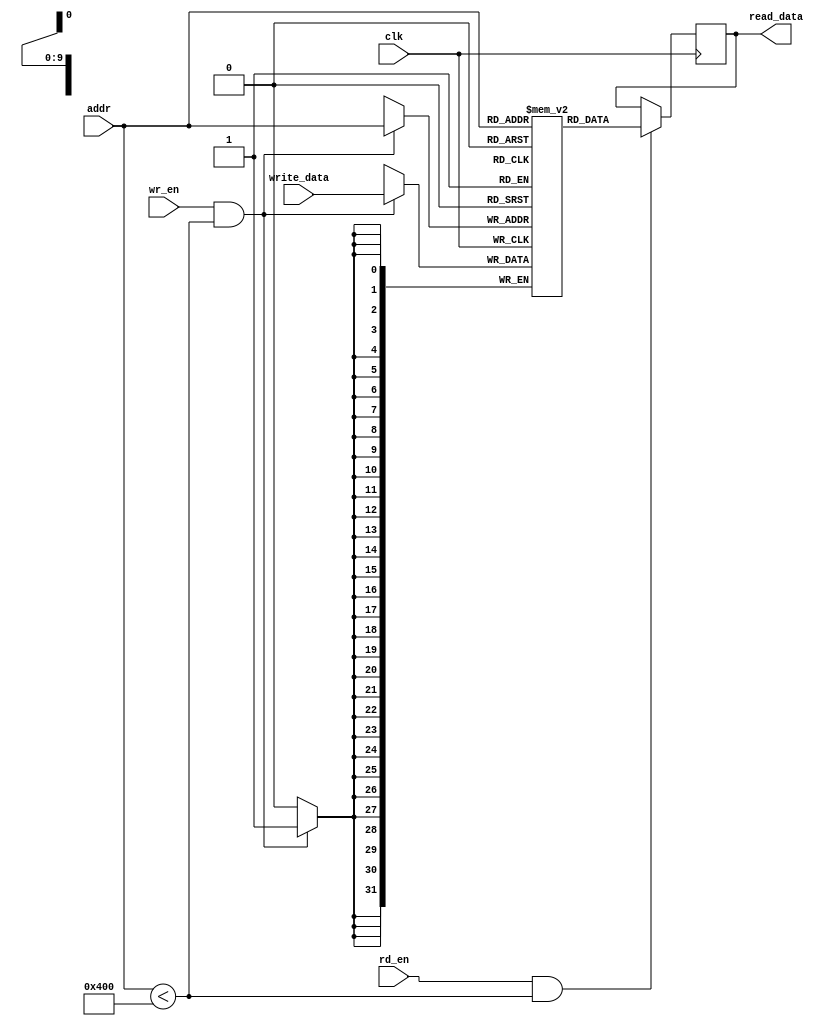
module ReadWriteMemory 
  #(
  // data width
  parameter DATA_WIDTH = 32,
  // number of DATA_WIDTH
  parameter DATA_DEPTH = 1024
  ) (
  // clock signal
  input wire clk,
  // address to read or write data
  input wire [($clog2(DATA_DEPTH)-1):0] addr,
  // enable read data
  input wire rd_en,
  // enable write data
  input wire wr_en,
  // if it is write provide the data
  input wire [DATA_WIDTH-1:0] write_data,
  // read data
  output reg [DATA_WIDTH-1:0] read_data
  );

  // define read write data memory
  reg [DATA_WIDTH-1:0] memory [0:DATA_DEPTH-1];

  // write operation
  always @ (posedge clk) begin
    if (wr_en && (addr < DATA_DEPTH)) begin
      memory[addr] <= write_data;
    end
  end

  // read operations
  always @ (posedge clk) begin
    if (rd_en && (addr < DATA_DEPTH)) begin
      read_data <= memory[addr];
    end
  end
endmodule